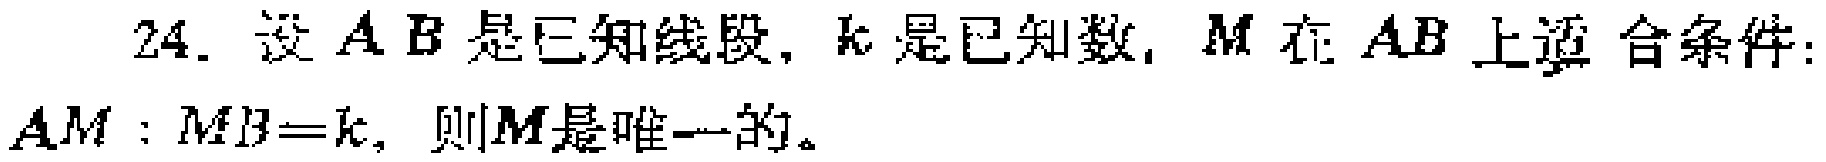
24. 设 \(AB\) 是已知线段，\(k\) 是已知数，\(M\) 在 \(AB\) 上适合条件：\(AM:MB = k\)，则 \(M\) 是唯一的。